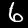
Digit: 6